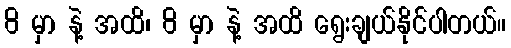
8 မှာ နဲ့ အထိ၊ 8 မှာ နဲ့ အထိ ရွေးချယ်နိုင်ပါတယ်။